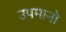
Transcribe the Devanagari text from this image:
उपमानो